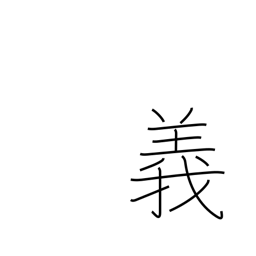
Meaning: morality